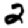
Digit: 2